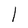
Character: l